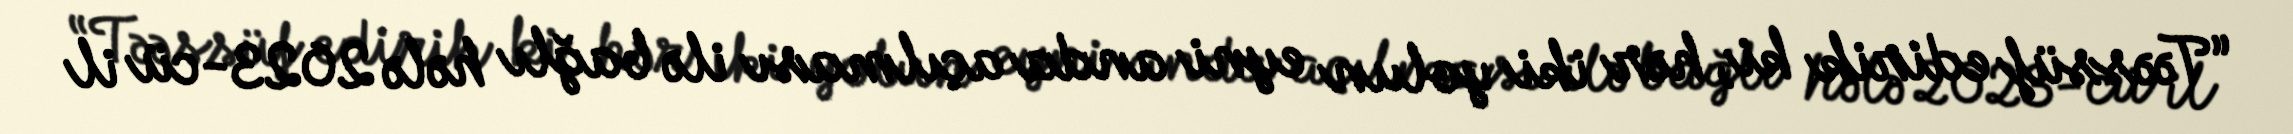
“Təəssüf edirik ki, hər iki yolun eyni anda açılması ilə bağlı hələ 2023-cü il